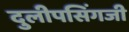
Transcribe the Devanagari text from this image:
दुलीपसिंगजी